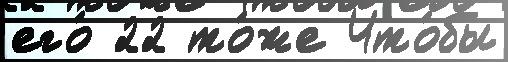
его́ 22 то́же Что́бы